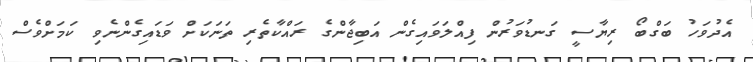
އެދުވަހު ބަގްބޯ ރިޔާސީ ގަނޑުވަރުން ފިއްލަވައިގެން އަބިޖާންގެ ރައްކާތެރި ތަނަކަށް ވަޑައިގެންނެވި ކަމަށްވެސް